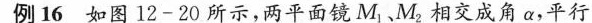
例16如图12-20所示，两平面镜M_{1},M_{2}相交成角α，平行